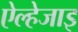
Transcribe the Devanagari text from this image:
ऐल्हेजाइ